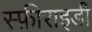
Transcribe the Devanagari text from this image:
स्फ़ीराइडी